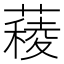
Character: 薐